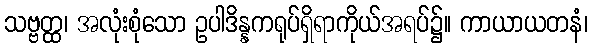
သဗ္ဗတ္ထ၊ အလုံးစုံသော ဥပါဒိန္နကရုပ်ရှိရာကိုယ်အရပ်၌။ ကာယာယတနံ၊